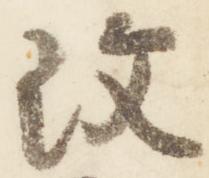
改